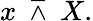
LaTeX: x\ \barwedge\ X.